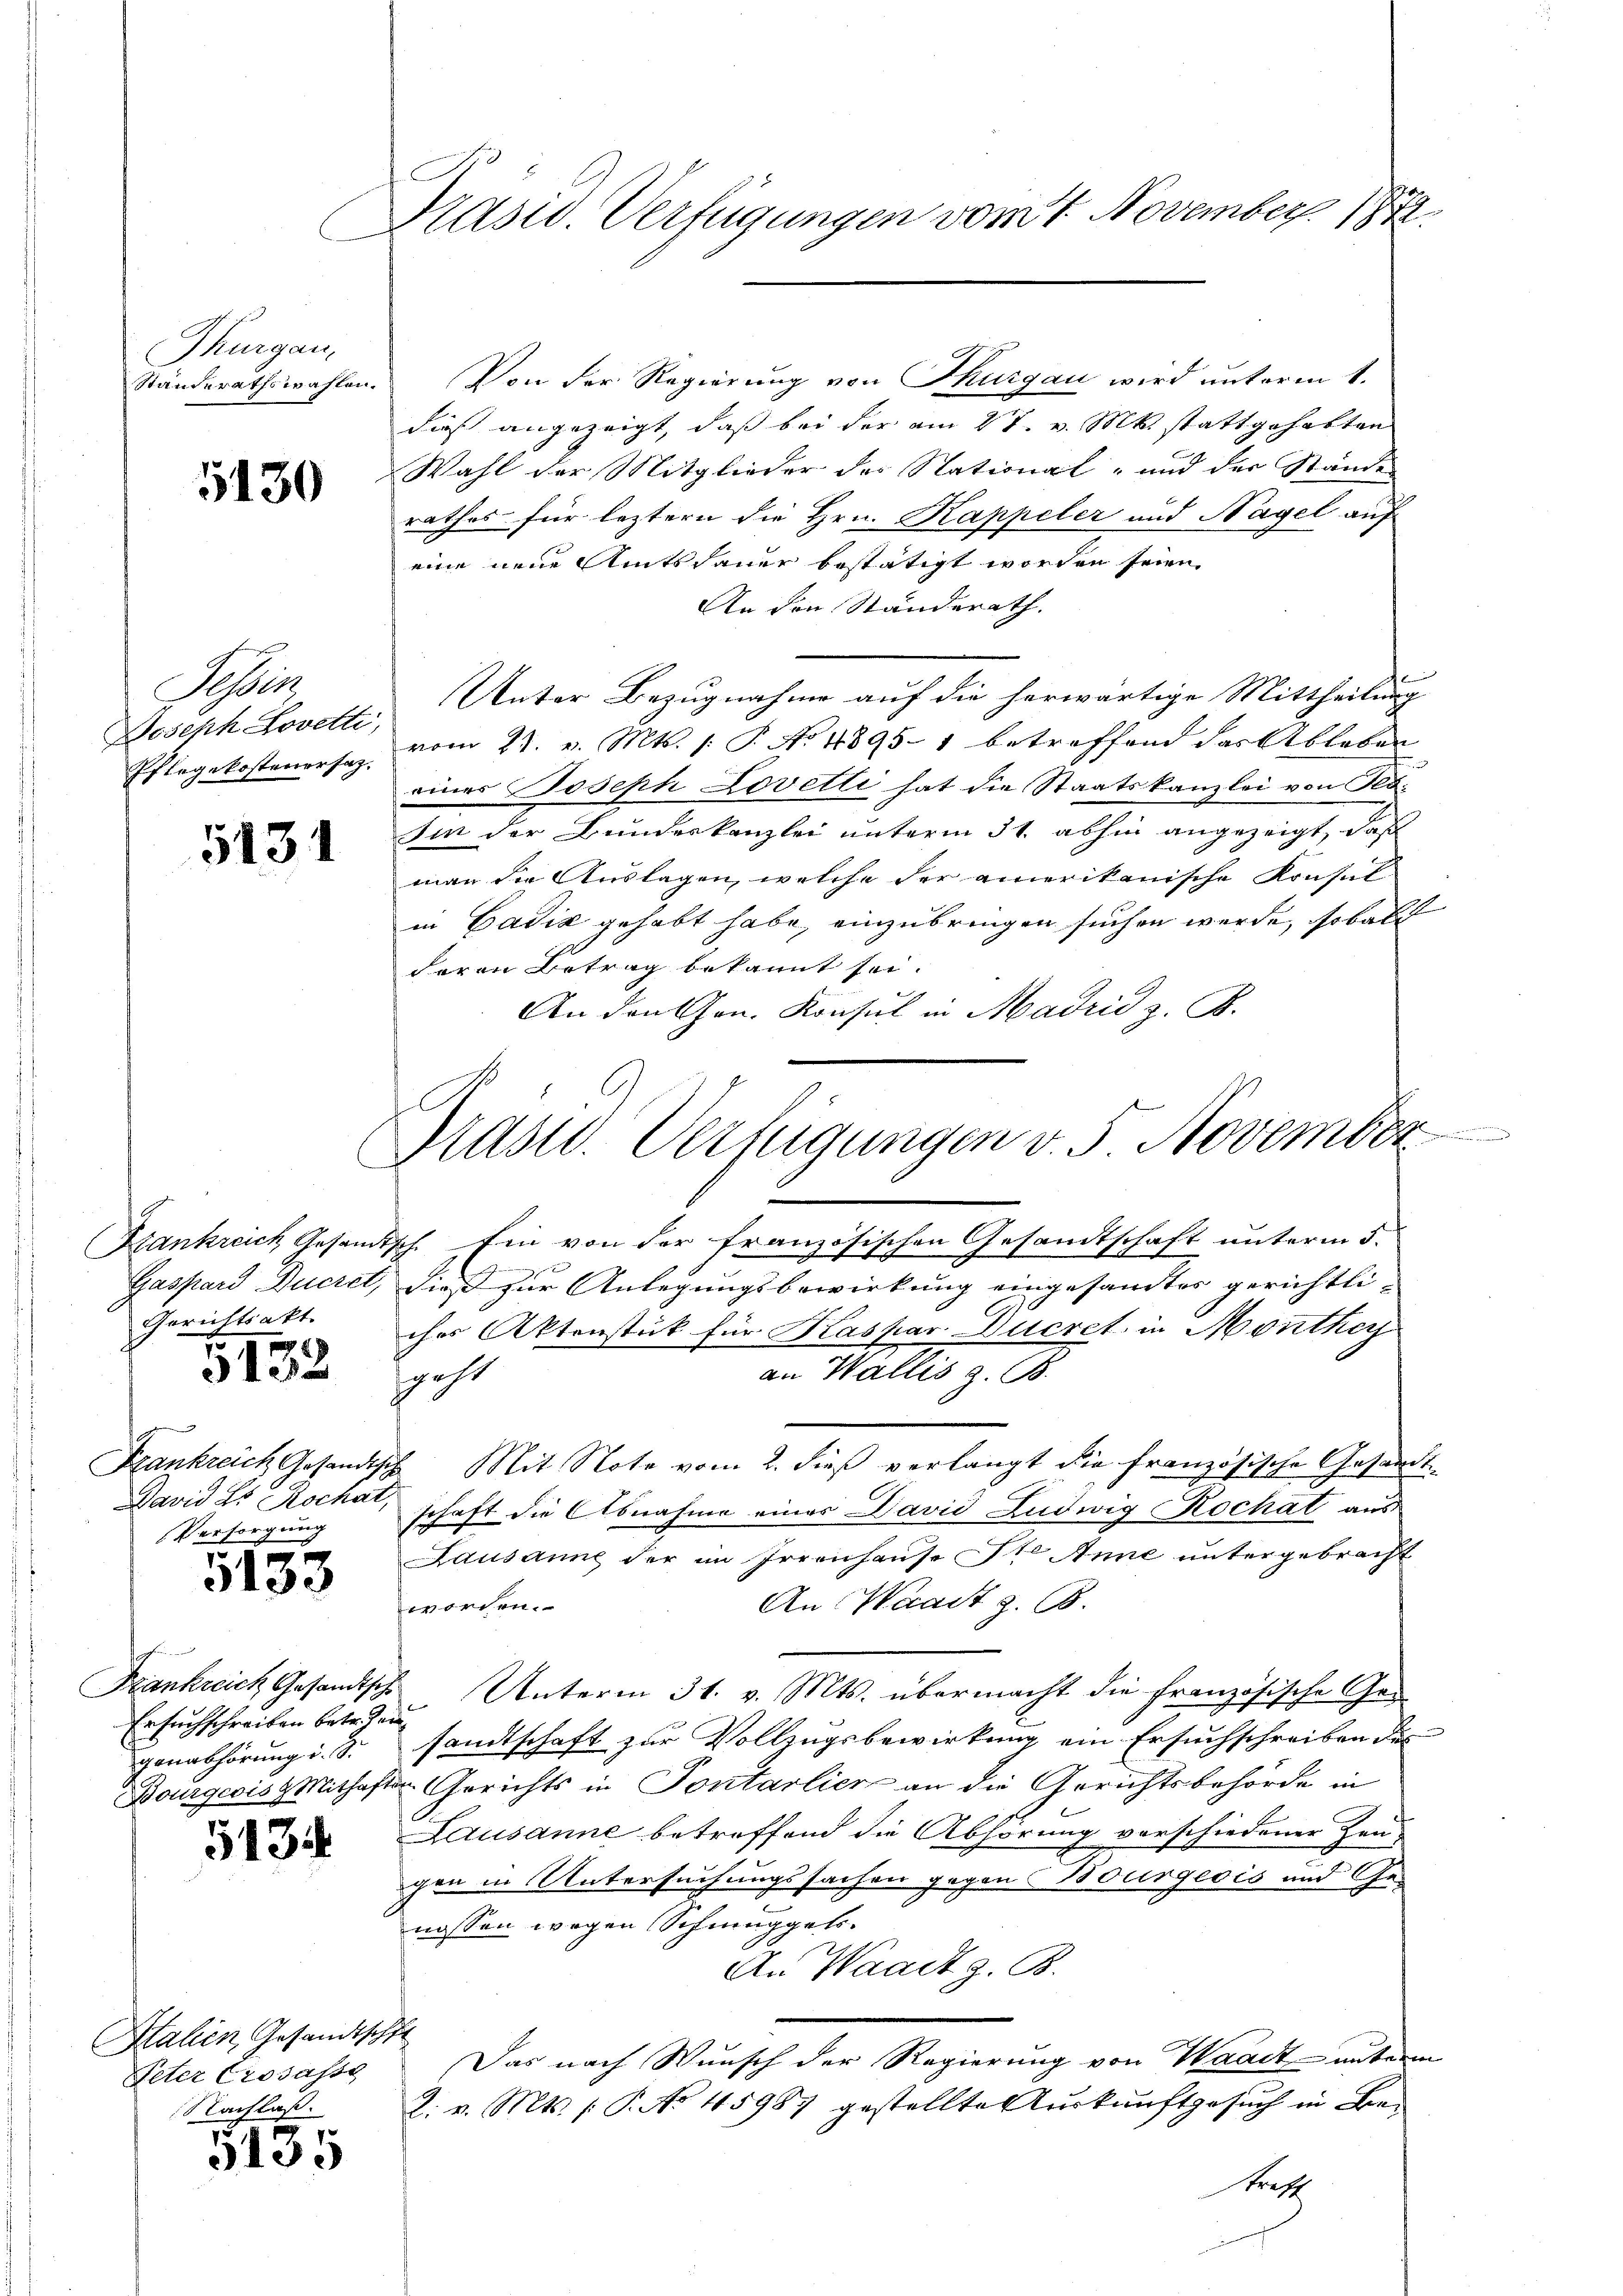
Thurgau,

5130

Sabin

5131

Gerichtsakt.

5132

David Ls Rochat,
Versorgung

5133

Ersuchschreiben betrei
ganabhörung d. J.

5134

alien, Gesandtschft
Nachlaß.

5135

Präsid. Verfügungen vom 7. Novemberg 1872.

Ständerathswahlen. Von der Regierung von Thurgau wird unterm 1.
dieß angezeigt, daß bei der am 27. v. M. stattgehabten
Wahl der Mitglieder des Stational- und der Stände
rathes für leztern die Hrn. Kappeler und Nagel auf
eine neue Amtsdauer bestätigt worden seien,
An den Standerath.
Joseph Lovetti, Unter Bezugnahme auf die herwärtige Mittheilung
Eflegekostenersaz vom 27. v. Mts. 1. P. No 48951 betreffend das Ableben
einer Joseph Lovetti hat die Staatskanzlei von Feb¬
Iin der Bundeskanzlei unterm 31. abhin angezeigt, daß
man die Auslagen, welche der amerikanische Konsul-
in Badić gehabt habe, einzubringen suchen werde, sobald
doren Betrag bekannt sei.
An den Hrn. Konsul in Madrić z. B.
Bankreich Gesamtsch Ein von der französischen Gesandtschaft unterm 5.
Gaspard Bucret, dieß zur Anlegungsbewirkung eingesandtes gerichtliches Aktenstück für Kaspar Ducret in Monther
an Wallis z. B.
scht
Frankreich Gesandische Mit Note vom 2. dieß verlangt die französische Gesandt
schaft die Abnahme einer David Ludwig Kochat aus
Lausanne der im Irrenhause Ste Anne untergebracht
An Waadt z. B.
worden.
Frankreich Gesandtische Unterm 31. v. Mts. übermacht die französische Gesandtschaft zur Vollzugsbewirkung ein Ersuchschreiben des
Bourgeois Mithaften Gerichts in Pontarlier an die Gerichtsbehörde in
Lausanne betreffend die Abhörung verschiedener Zeu-
gen in Untersuchungssachen gegen Bourgeois und Genossen wegen Schmuggels.
An Waadt z. B.
Peter Crosasse das nach Wunsch der Regierung von Waadt unterm
2. v. Mts. (: P. No 45987 gestellte Auskunftgesuch in Betrett

Prast. Verfügungen v. 5. November